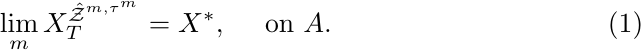
\begin{equation}
\label{first}
\lim_m X_T^{\hat{\mathcal{Z}}^{m,\tau^m}}=X^*,\quad\mbox{ on } A.
\end{equation}